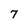
Character: 7